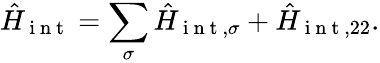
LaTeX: \hat{H}_{\mathrm{~i~n~t~}}=\sum_{\sigma}\hat{H}_{\mathrm{~i~n~t~},\sigma}+\hat{H}_{\mathrm{~i~n~t~},22}.